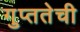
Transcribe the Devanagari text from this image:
गुप्ततेची